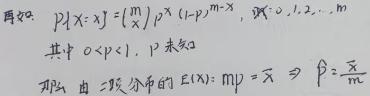
再如: $P\{ X = x\} = \binom{m}{x} p^{x} (1 - p)^{m - x}, x = 0,1,2,\cdots,m$
其中 $0 < p < 1$, $p$ 未知
那么 由二项分布的 $E(X): mp = \overline{x} \Rightarrow \hat{p} = \frac{\overline{x}}{m}$